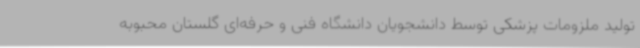
تولید ملزومات پزشکی توسط دانشجویان دانشگاه فنی و حرفه‌ای گلستان محبوبه